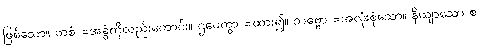
ဖြစ်သော။ တစံ =အခွံကိုလည်းကောင်း။ ဌပေတွာ =ထား၍။ သဗ္ဗော =အလုံးစုံသော။ နိယျာသော စ